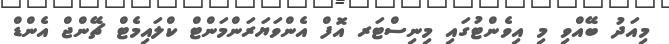
މިއަދު ބޭއްވި މި އިވެންޓުގައި މިނިސްޓަރ އޮފް އެންވަޔަރަންމަންޓް ކްލައިމެޓް ޗޭންޖް އެންޑް